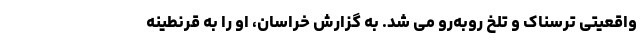
واقعیتی ترسناک و تلخ روبه‌رو می شد. به گزارش خراسان، او را به قرنطینه